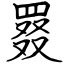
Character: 罬